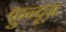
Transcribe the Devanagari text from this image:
क़ुन्दूज़